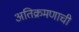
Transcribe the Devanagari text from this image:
अतिक्रमणाची